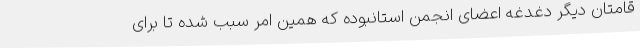
قامتان دیگر دغدغه اعضای انجمن استانبوده که همین امر سبب شده تا برای